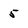
Character: 5